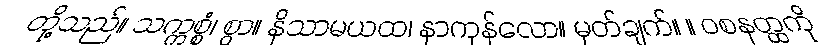
တို့သည်။ သက္ကစ္စံ၊ စွာ။ နိသာမယထ၊ နာကုန်လော။ မှတ်ချက်။ ။ ဝစနတ္ထကို